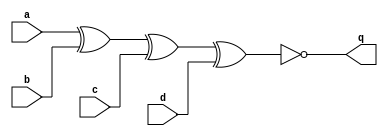
module top_module (input a,b,c,d,output q);
assign q = !(a^b^c^d);
endmodule